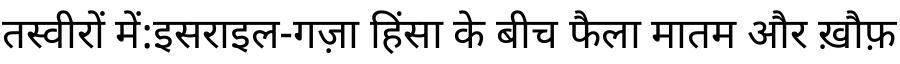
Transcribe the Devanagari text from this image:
तस्वीरों में:इसराइल-गज़ा हिंसा के बीच फैला मातम और ख़ौफ़